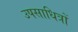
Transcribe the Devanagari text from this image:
उपसाधित्रों